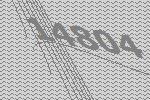
14804